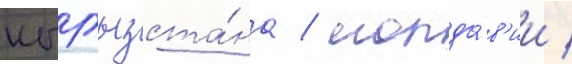
кыргызста́на / молда́в'ии /